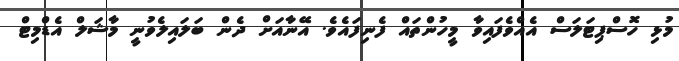
މުޅި ހޮސްޕިޓަލަސް އެއްވެފައިވާ މީހުންތައް ފެނިފައެވެ. އޭނާއަށް ދެން ބަލައިލެވުނީ މާޝަލް އެޑްމިޓް